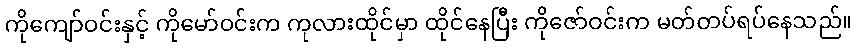
ကိုကျော်ဝင်းနှင့် ကိုမော်ဝင်းက ကုလားထိုင်မှာ ထိုင်နေပြီး ကိုဇော်ဝင်းက မတ်တပ်ရပ်နေသည်။